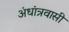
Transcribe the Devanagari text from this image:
अंधांत्रवासी